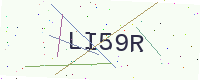
Text: LI59R